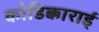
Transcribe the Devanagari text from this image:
कोडिक्काराई